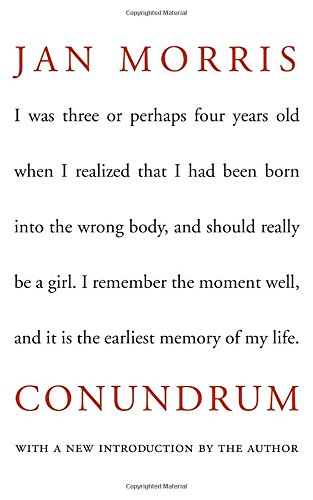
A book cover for Conundrum (New York Review Books Classics); Jan Morris; Gay & Lesbian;